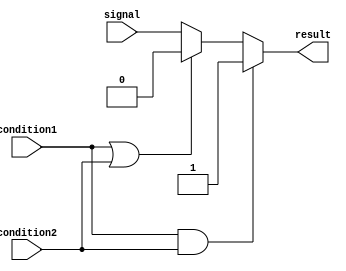
module generate_conditional_assignment (
    input condition1,
    input condition2,
    input signal,
    
    output reg result
);

always @* begin
    if (condition1 && condition2) begin
        result = 1'b1; // Assign value 1 if both conditions are true
    end else if (condition1 || condition2) begin
        result = 1'b0; // Assign value 0 if either condition is true
    end else begin
        result = signal; // Assign original signal value if conditions are not met
    end
end

endmodule